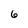
Character: 6